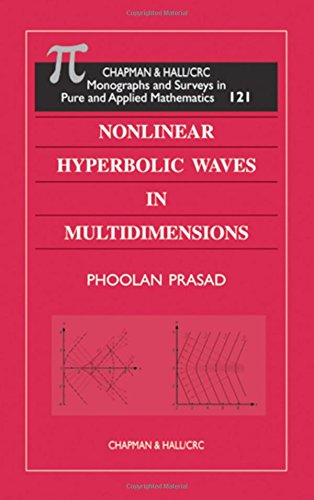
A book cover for Nonlinear Hyperbolic Waves in Multidimensions; Phoolan Prasad; Science & Math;